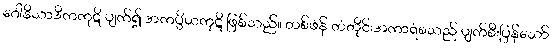
ဂေါနိသာဒိကကုဋိ ပျက်၍ အကပ္ပိယကုဋိ ဖြစ်သည်။ တစ်ဖန် တံတိုင်းအကာရံစသည် ပျက်စီးပြန်သော်